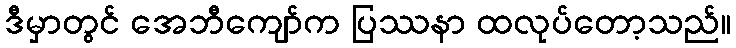
ဒီမှာတွင် အေဘီကျော်က ပြဿနာ ထလုပ်တော့သည်။